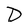
Character: D